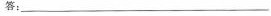
答：___